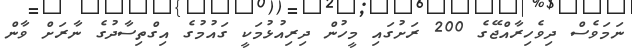
ނަމަވެސް ދިވެހިރާއްޖޭގެ 200 ރަށުގައި މީހުން ދިރިއުޅުމަކީ ގައުމުގެ އިގްތިސާދުގެ ނާރަށް ވާން